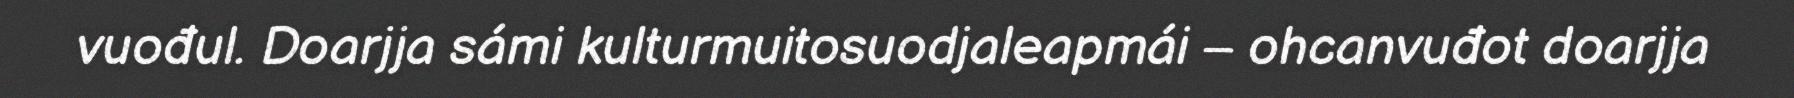
vuođul. Doarjja sámi kulturmuitosuodjaleapmái – ohcanvuđot doarjja